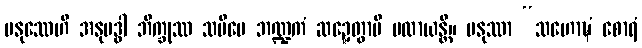
မနုဿေဟိ အနုဗဒ္ဓါ ဘိက္ခုဿ သမီပေ ဘဏ္ဍကံ ဆဍ္ဍေတွာပိ ပလာယန္တိ။ မနုဿာ “သဟောဍ္ဎံ စောရံ